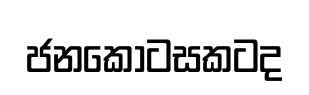
ජනකොටසකටද